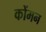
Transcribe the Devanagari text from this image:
कोंमन